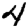
Digit: 4